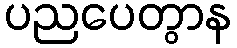
ပညပေတွာန